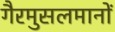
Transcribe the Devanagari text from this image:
गैरमुसलमानों